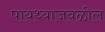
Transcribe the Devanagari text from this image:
पायथ्याजवळील